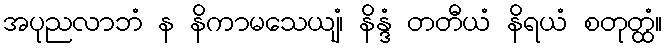
အပုညလာဘံ န နိကာမသေယျံ၊ နိန္ဒံ တတီယံ နိရယံ စတုတ္ထံ။